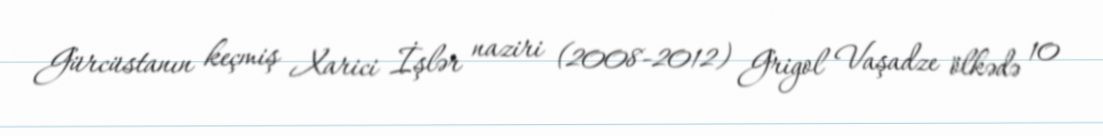
Gürcüstanın keçmiş Xarici İşlər naziri (2008-2012) Grigol Vaşadze ölkədə 10